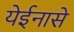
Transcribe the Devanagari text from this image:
येईनासे